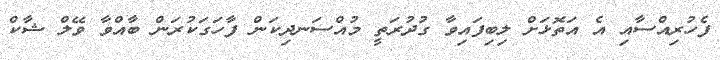
ފެހުރިއްސާއި އެ އަތޮޅަށް ލިބިފައިވާ ގުދުރަތީ މުއްސަނދިކަން ފާހަގަކުރަން ބާއްވާ ވޭލް ޝާކް